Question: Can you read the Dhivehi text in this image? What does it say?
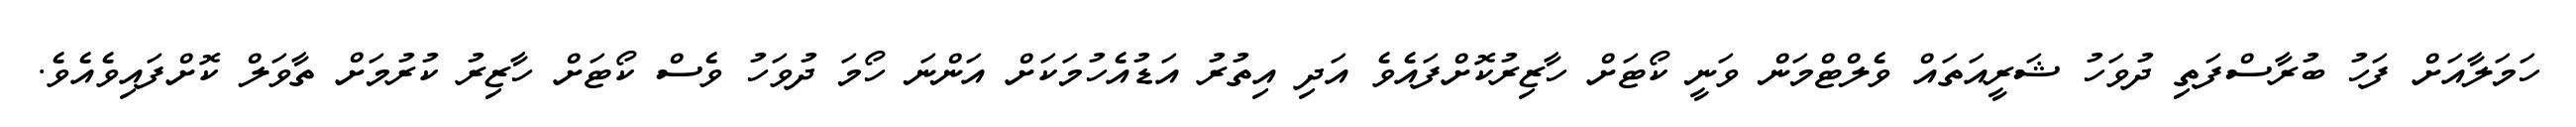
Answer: ހަމަލާއަށް ފަހު ބުރާސްފަތި ދުވަހު ޝަރީއަތައް ވެލްޓްމަން ވަނީ ކޯޓަށް ހާޒިރުކޮށްފައެވެ އަދި އިތުރު އަޑުއެހުމަކަށް އަންނަ ހޯމަ ދުވަހު ވެސް ކޯޓަށް ހާޒިރު ކުރުމަށް ތާވަލް ކޮށްފައިވެއެވެ.